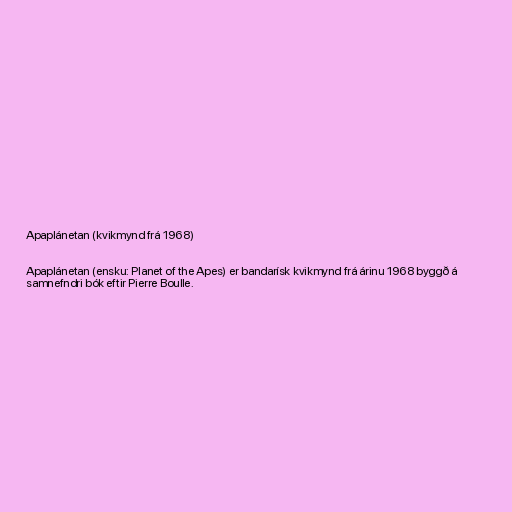
Apaplánetan (kvikmynd frá 1968)

Apaplánetan (ensku: Planet of the Apes) er bandarísk kvikmynd frá árinu 1968 byggð á
samnefndri bók eftir Pierre Boulle.